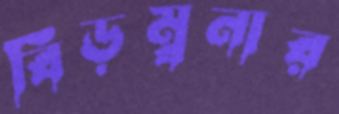
বিড়ম্বনার